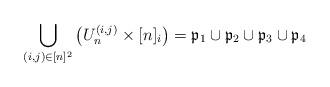
LaTeX: \begin{align*} \bigcup_{(i,j)\in [n]^2} \left( U_n^{(i,j)} \times [n]_i \right) = \mathfrak{p}_1\cup \mathfrak{p}_2 \cup \mathfrak{p}_3 \cup \mathfrak{p}_4\end{align*}